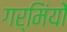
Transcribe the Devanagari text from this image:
गर्मिंयों